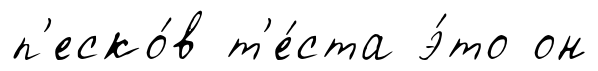
п'еско́в т'е́ста э́то он